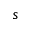
s